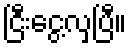
ငြီးငွေ့လှပြီ။